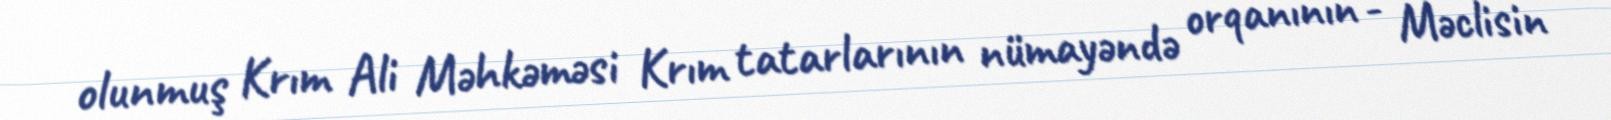
olunmuş Krım Ali Məhkəməsi Krım tatarlarının nümayəndə orqanının - Məclisin